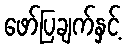
ဖော်ပြချက်နှင့်